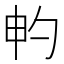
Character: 畃